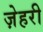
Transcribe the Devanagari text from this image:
ज़ेहरी